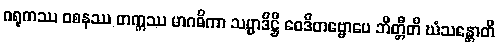
ဂရုကဿ ဝစနဿ တက္ကဿ မာဂဓိကာ သမ္မာဒိဋ္ဌီ ဝေဒိတဗ္ဗောပေ ဘိတ္တီတိ ဃံသန္တောတိ